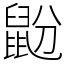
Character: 鼢